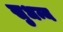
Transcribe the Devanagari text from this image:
सुधन्य